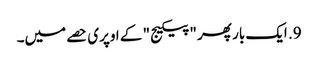
9. ایک بار پھر "پیکیج" کے اوپری حصے میں۔